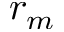
r _ { m }